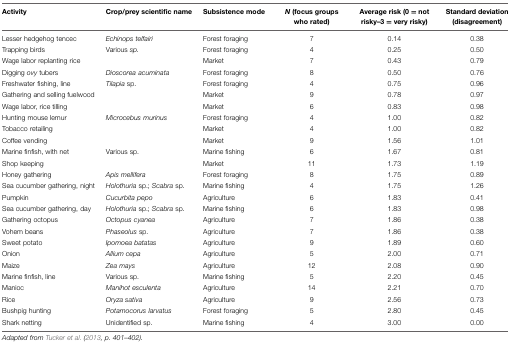
<table><thead><tr><td><b>Activity</b></td><td><b>Crop/prey scientific name</b></td><td><b>Subsistence mode</b></td><td><b><i>N</i> (focus groups who rated)</b></td><td><b>Average risk (0 = not risky–3 = very risky)</b></td><td><b>Standard deviation (disagreement)</b></td></tr></thead><tbody><tr><td>Lesser hedgehog tencec</td><td><i>Echinops telfairi</i></td><td>Forest foraging</td><td>7</td><td>0.14</td><td>0.38</td></tr><tr><td>Trapping birds</td><td>Various <i>sp.</i></td><td>Forest foraging</td><td>4</td><td>0.25</td><td>0.50</td></tr><tr><td>Wage labor replanting rice</td><td></td><td>Market</td><td>7</td><td>0.43</td><td>0.79</td></tr><tr><td>Digging <i>ovy</i> tubers</td><td><i>Dioscorea acuminata</i></td><td>Forest foraging</td><td>8</td><td>0.50</td><td>0.76</td></tr><tr><td>Freshwater fishing, line</td><td><i>Tilapia</i> sp.</td><td>Forest foraging</td><td>4</td><td>0.75</td><td>0.96</td></tr><tr><td>Gathering and selling fuelwood</td><td></td><td>Market</td><td>9</td><td>0.78</td><td>0.97</td></tr><tr><td>Wage labor, rice tilling</td><td></td><td>Market</td><td>6</td><td>0.83</td><td>0.98</td></tr><tr><td>Hunting mouse lemur</td><td><i>Microcebus murinus</i></td><td>Forest foraging</td><td>4</td><td>1.00</td><td>0.82</td></tr><tr><td>Tobacco retailing</td><td></td><td>Market</td><td>4</td><td>1.00</td><td>0.82</td></tr><tr><td>Coffee vending</td><td></td><td>Market</td><td>9</td><td>1.56</td><td>1.01</td></tr><tr><td>Marine finfish, with net</td><td>Various sp.</td><td>Marine fishing</td><td>6</td><td>1.67</td><td>0.81</td></tr><tr><td>Shop keeping</td><td></td><td>Market</td><td>11</td><td>1.73</td><td>1.19</td></tr><tr><td>Honey gathering</td><td><i>Apis mellifera</i></td><td>Forest foraging</td><td>8</td><td>1.75</td><td>0.89</td></tr><tr><td>Sea cucumber gathering, night</td><td><i>Holothuria</i> sp.; <i>Scabra</i> sp.</td><td>Marine fishing</td><td>4</td><td>1.75</td><td>1.26</td></tr><tr><td>Pumpkin</td><td><i>Cucurbita pepo</i></td><td>Agriculture</td><td>6</td><td>1.83</td><td>0.41</td></tr><tr><td>Sea cucumber gathering, day</td><td><i>Holothuria</i> sp.; <i>Scabra</i> sp.</td><td>Marine fishing</td><td>6</td><td>1.83</td><td>0.98</td></tr><tr><td>Gathering octopus</td><td><i>Octopus cyanea</i></td><td>Agriculture</td><td>7</td><td>1.86</td><td>0.38</td></tr><tr><td>Vohem beans</td><td><i>Phaseolus</i> sp.</td><td>Agriculture</td><td>7</td><td>1.86</td><td>0.38</td></tr><tr><td>Sweet potato</td><td><i>Ipomoea batatas</i></td><td>Agriculture</td><td>9</td><td>1.89</td><td>0.60</td></tr><tr><td>Onion</td><td><i>Allium cepa</i></td><td>Agriculture</td><td>5</td><td>2.00</td><td>0.71</td></tr><tr><td>Maize</td><td><i>Zea mays</i></td><td>Agriculture</td><td>12</td><td>2.08</td><td>0.90</td></tr><tr><td>Marine finfish, line</td><td>Various sp.</td><td>Marine fishing</td><td>5</td><td>2.20</td><td>0.45</td></tr><tr><td>Manioc</td><td><i>Manihot esculenta</i></td><td>Agriculture</td><td>14</td><td>2.21</td><td>0.70</td></tr><tr><td>Rice</td><td><i>Oryza sativa</i></td><td>Agriculture</td><td>9</td><td>2.56</td><td>0.73</td></tr><tr><td>Bushpig hunting</td><td><i>Potamocorus larvatus</i></td><td>Forest foraging</td><td>5</td><td>2.80</td><td>0.45</td></tr><tr><td>Shark netting</td><td>Unidentified sp.</td><td>Marine fishing</td><td>4</td><td>3.00</td><td>0.00</td></tr></tbody></table>